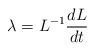
LaTeX: \begin{align*}\lambda=L^{-1}\frac{dL}{dt}\end{align*}